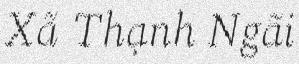
Xã Thạnh Ngãi